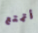
أتمتع